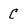
Character: C